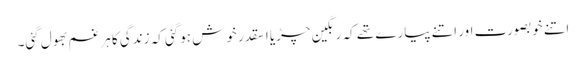
اتنے خوبصورت اور اتنے پیارے تھے کہ رنگین چڑیا اسقدر خوش ہوگئی کہ زندگی کا ہر غم بھول گئی۔